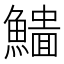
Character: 𩻨